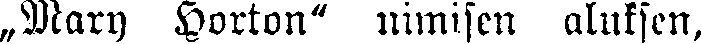
„Many Horton" nimisen aluksen,